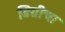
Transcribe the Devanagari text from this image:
डिग्रीचा